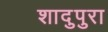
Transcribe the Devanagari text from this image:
शादुपुरा